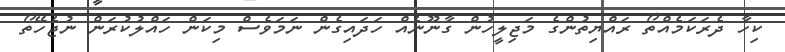
ކިހާ ދެރަކަމެއްތޯ ރައްޔިތުންގެ މަޖިލީހުން ގާނޫނެއް ހަދައިގެން ނަމަވެސް މިކަން ހައްލުކުރަން ނުޖެހޭތޯ